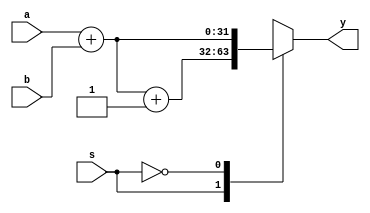
module adder #(parameter n = 32)(a, b, s, y);
	input [n-1:0] a, b;
	input s;
	output reg[n-1:0] y;
	always @(*)begin
	case(s)
	1'b1:	y <= a + b + 1;
	1'b0:	y <= a + b;
	endcase
end	
endmodule